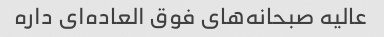
عالیه صبحانه‌های فوق العاده‌ای داره